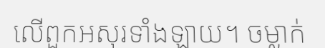
លើពួកអសុរទាំងឡាយ។ ចម្លាក់